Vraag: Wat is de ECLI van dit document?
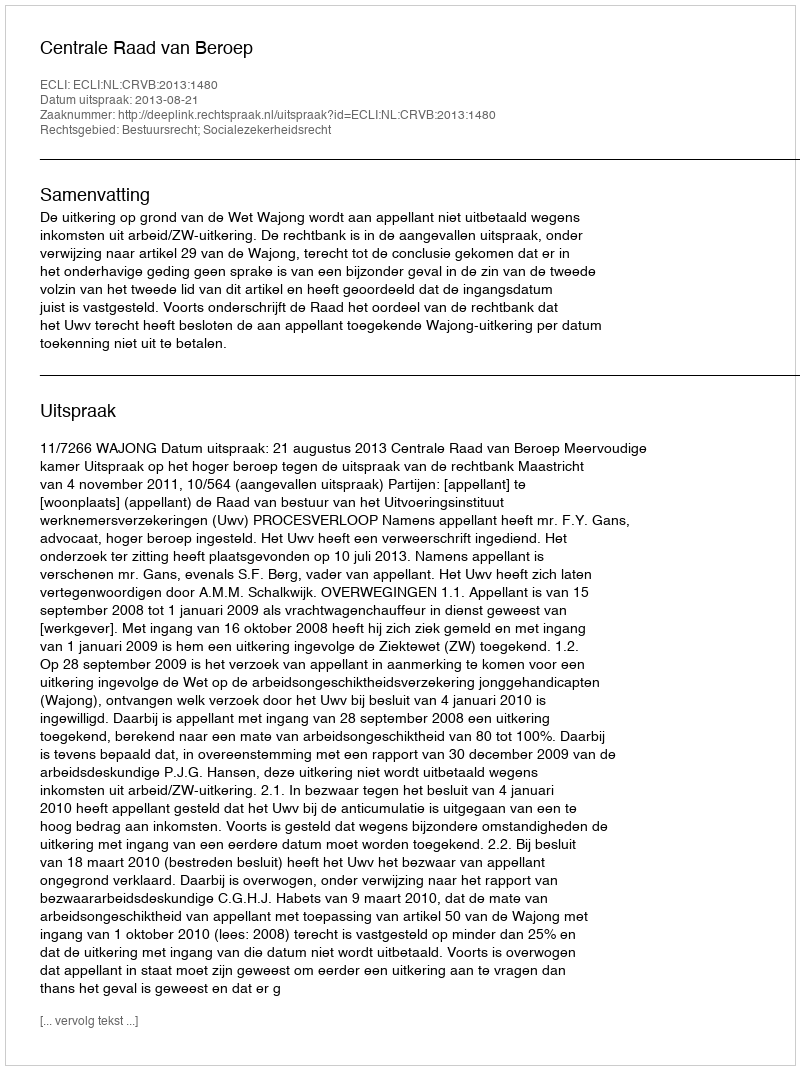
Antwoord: ECLI:NL:CRVB:2013:1480